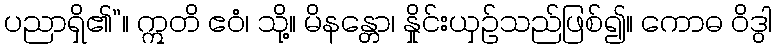
ပညာရှိ၏”။ ဣတိ ဧဝံ၊ သို့။ မိနန္တော၊ နှိုင်းယှဉ်သည်ဖြစ်၍။ ကောဓ ဝိဒွါ